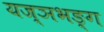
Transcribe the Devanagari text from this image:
यज्ञभङ्ग